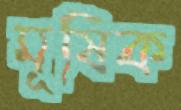
মূষিক